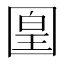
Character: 𡈁